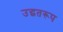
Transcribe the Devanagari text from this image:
उद्धतरूप